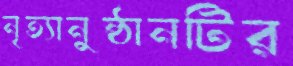
নৃত্যানুষ্ঠানটির